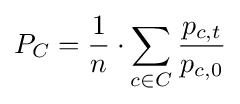
P_{C}={\frac {1}{n}}\cdot \sum _{c\in C}{\frac {p_{c,t}}{p_{c,0}}}